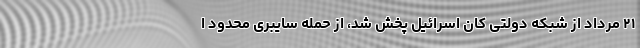
۲۱ مرداد از شبکه دولتی کان اسرائیل پخش شد، از حمله سایبری محدود ا